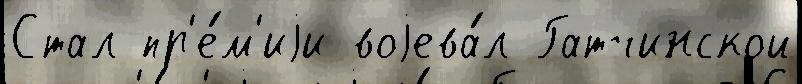
Стал пр'е́м'иjи воjева́л Гатчинской